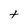
Character: t